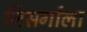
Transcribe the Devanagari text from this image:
निसर्गाला